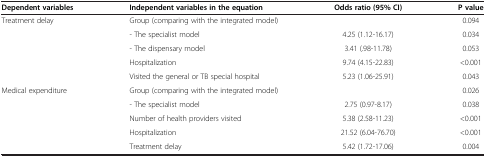
<table><thead><tr><td><b>Dependent variables</b></td><td><b>Independent variables in the equation</b></td><td><b>Odds ratio (95% CI)</b></td><td><b>P value</b></td></tr></thead><tbody><tr><td>Treatment delay</td><td>Group (comparing with the integrated model)</td><td> </td><td>0.094</td></tr><tr><td> </td><td>- The specialist model</td><td>4.25 (1.12-16.17)</td><td>0.034</td></tr><tr><td> </td><td>- The dispensary model</td><td>3.41 (.98-11.78)</td><td>0.053</td></tr><tr><td> </td><td>Hospitalization</td><td>9.74 (4.15-22.83)</td><td>&lt;0.001</td></tr><tr><td> </td><td>Visited the general or TB special hospital</td><td>5.23 (1.06-25.91)</td><td>0.043</td></tr><tr><td>Medical expenditure</td><td>Group (comparing with the integrated model)</td><td> </td><td>0.026</td></tr><tr><td> </td><td>- The specialist model</td><td>2.75 (0.97-8.17)</td><td>0.038</td></tr><tr><td> </td><td>Number of health providers visited</td><td>5.38 (2.58-11.23)</td><td>&lt;0.001</td></tr><tr><td> </td><td>Hospitalization</td><td>21.52 (6.04-76.70)</td><td>&lt;0.001</td></tr><tr><td> </td><td>Treatment delay</td><td>5.42 (1.72-17.06)</td><td>0.004</td></tr></tbody></table>